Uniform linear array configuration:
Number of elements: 16
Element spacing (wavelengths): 0.75
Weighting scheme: binomial
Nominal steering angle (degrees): -15
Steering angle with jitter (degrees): -14.368
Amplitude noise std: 0.05
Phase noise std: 0.05

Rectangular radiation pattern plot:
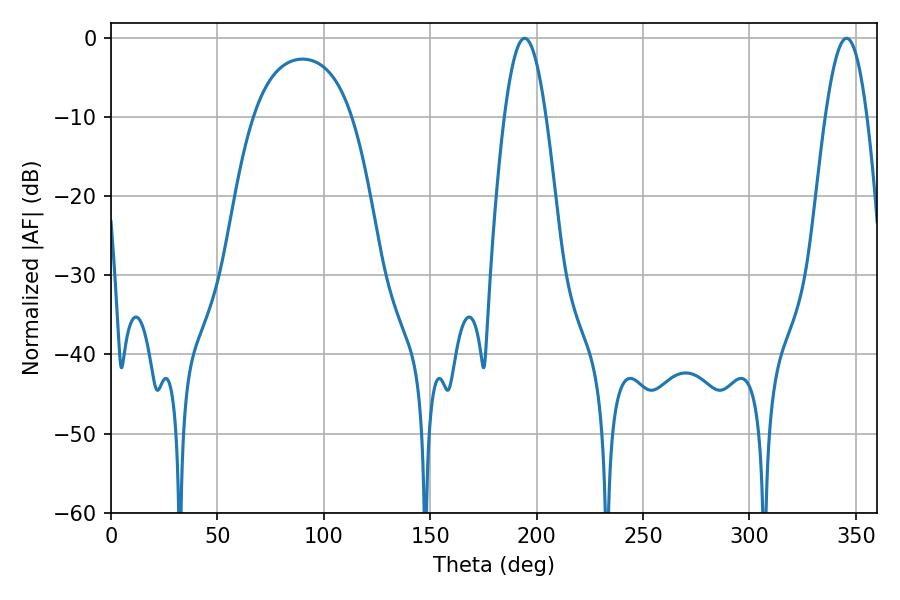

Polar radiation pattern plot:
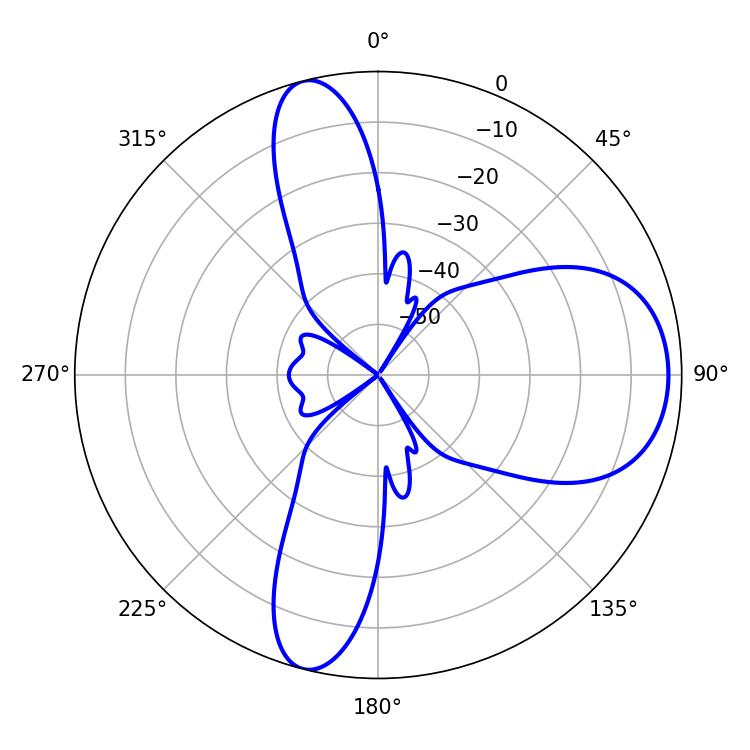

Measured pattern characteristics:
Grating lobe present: TRUE
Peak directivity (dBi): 9.904
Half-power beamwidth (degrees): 10.62
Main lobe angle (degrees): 194.4